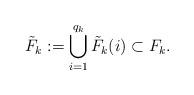
LaTeX: \begin{align*}\tilde F_k := \bigcup_{i=1}^{q_k} \tilde F_k (i) \subset F_k.\end{align*}